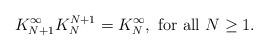
LaTeX: \begin{align*}K^{\infty}_{N+1}K^{N+1}_N = K^{\infty}_N, \textrm{ for all } N\geq 1.\end{align*}